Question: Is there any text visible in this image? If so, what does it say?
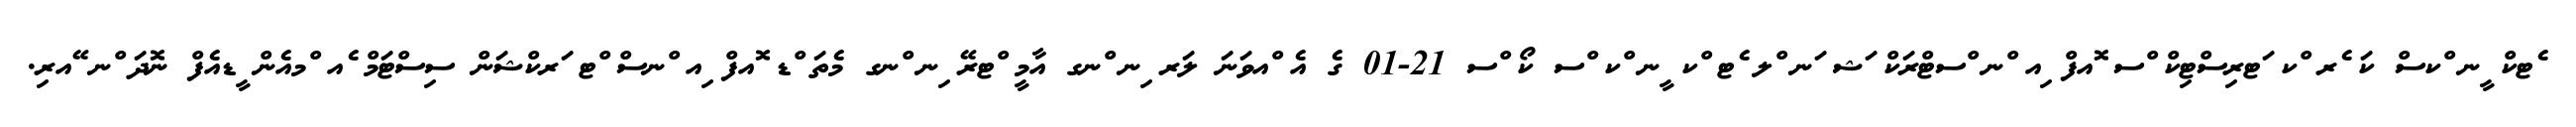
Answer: ެޓކް ީނ ްކސް ކަ ެރ ްކ ަޓރިސްޓިކް ްސ ޮއފް ިއ ްނ ްސޓްރަކް ަޝ ަނ ްލ ެޓ ްކ ީނ ްކ ްސ ކޯ ްސ 21-01 ގެ އެ ްއވަނަ ލަރ ިނ ްނގ އާމީ ްޓރޭ ިނ ްނގ މެތަ ްޑ ޮއފް ިއ ްނސް ްޓ ަރކްޝަން ސިސްޓަމް ެއ ްމއެން ީޑއެފް ނޮދަ ްނ ޭއރި.